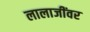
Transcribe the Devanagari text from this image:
लालाजींवर